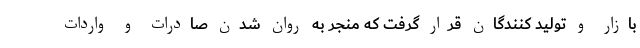
بازار و تولید کنندگان قرار گرفت که منجر به روان شدن صادرات و واردات